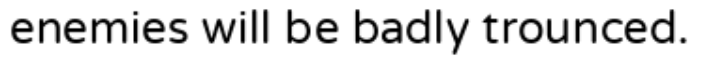
enemies will be badly trounced.